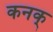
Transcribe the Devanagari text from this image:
कनक्